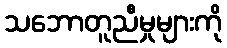
သဘောတူညီမှုများကို